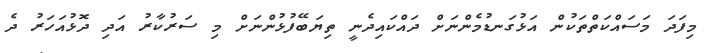
މިފަދަ މަސައްކަތްތަކުން އަޅުގަނޑުމެންނަށް ދައްކައިދެނީ ތިޔަބޭފުޅުންނަށް މި ސަރުކާރު އަދި ދޮޅުއަހަރު ދެ